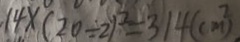
1 4 \times ( 2 0 \div 2 ) ^ { 2 } = 3 1 4 ( c m ^ { 2 } )